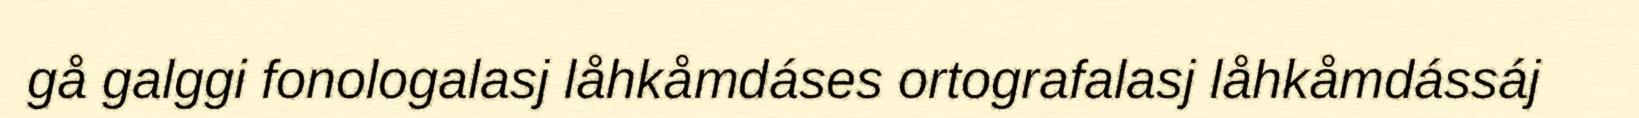
gå galggi fonologalasj låhkåmdáses ortografalasj låhkåmdássáj